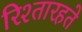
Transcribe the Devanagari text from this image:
रिश्तारहते